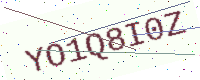
Text: YO1Q8I0Z